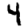
Digit: 4